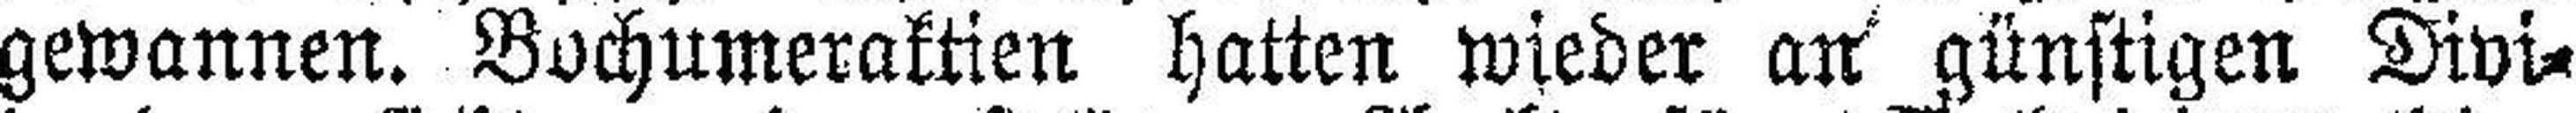
gewannen. Bochumeraktien hatten wieder an günstigen Divi¬